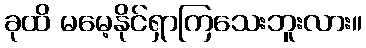
ခုထိ မမေ့နိုင်ရှာကြသေးဘူးလား။